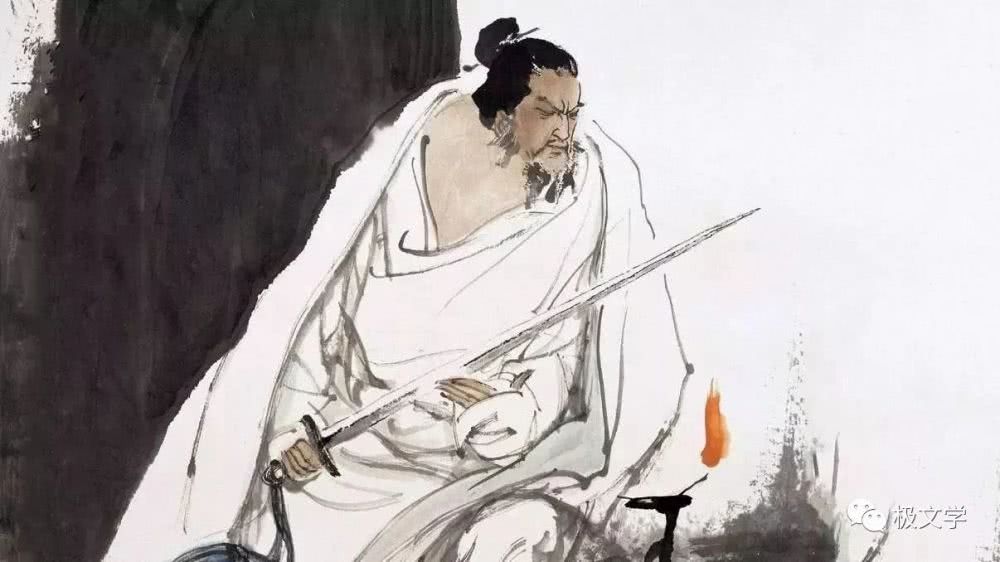
壮岁旌旗拥万夫，锦襜突骑渡江初。